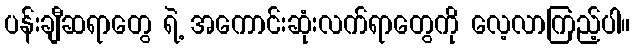
ပန်းချီဆရာတွေ ရဲ့ အကောင်းဆုံးလက်ရာတွေကို လေ့လာကြည့်ပါ။